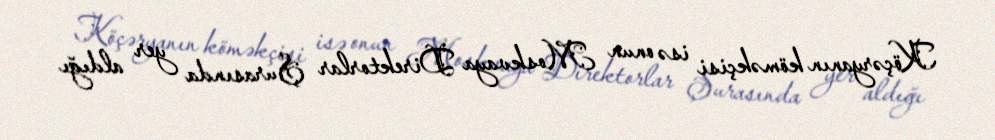
Köçəryanın köməkçisi isə onun Moskvaya Direktorlar Şurasında yer aldığı